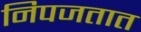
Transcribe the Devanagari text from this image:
निपजतात